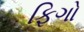
ફિગો